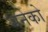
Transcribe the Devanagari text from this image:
भनेको